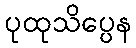
ပုထုသိပ္ပေန